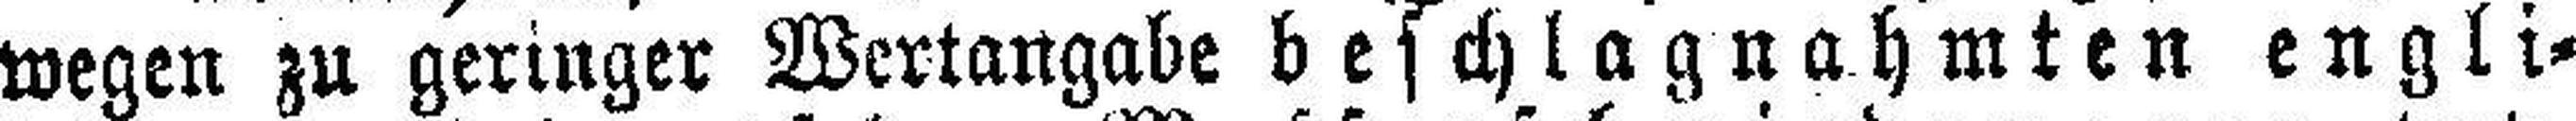
wegen zu geringer Wertangabe beschlagnahmten engli¬